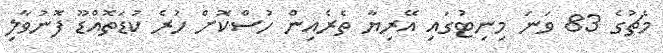
މެޗުގެ 83 ވަނަ މިނިޓުގައި އޭރިޔާ ތެރެއިން ހުސްކޮށް ހުރެ ކުޑަތޮއްޑޫ ފޮނުވާލި